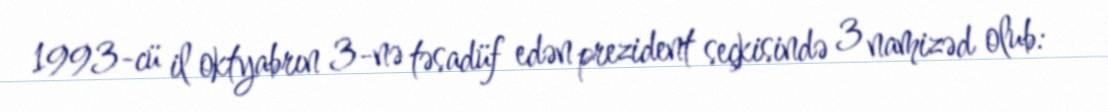
1993-cü il oktyabrın 3-nə təsadüf edən prezident seçkisində 3 namizəd olub: